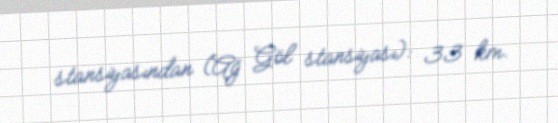
stansiyasından (Ağ Göl stansiyası): 33 km.